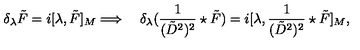
\delta _ { \lambda } \tilde { F } = i [ \lambda , \tilde { F } ] _ { M } \Longrightarrow \quad \delta _ { \lambda } ( \frac 1 { ( \tilde { D } ^ { 2 } ) ^ { 2 } } \star \tilde { F } ) = i [ \lambda , \frac 1 { ( \tilde { D } ^ { 2 } ) ^ { 2 } } \star \tilde { F } ] _ { M } ,